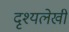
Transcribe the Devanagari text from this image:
दृश्यलेखी